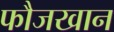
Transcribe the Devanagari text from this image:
फौजखान